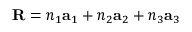
{ \bf R } = n _ { 1 } { \bf a } _ { 1 } + n _ { 2 } { \bf a } _ { 2 } + n _ { 3 } { \bf a } _ { 3 }